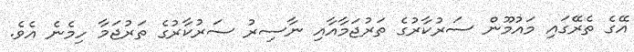
އޭގެ ތެރޭގައި މައުމޫން ސަރުކާރުގެ ތަރުޖަމާއާއި ނާސިރު ސަރުކާރުގެ ތަރުޖަމާ ހިމެނެ އެވެ.